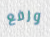
ورفع